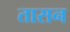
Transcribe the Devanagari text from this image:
तासन